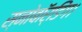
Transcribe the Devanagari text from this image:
स्नोबॉर्डिंग।